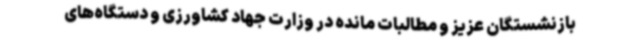
بازنشستگان عزیز و مطالبات مانده در وزارت جهاد کشاورزی و دستگاه‌های